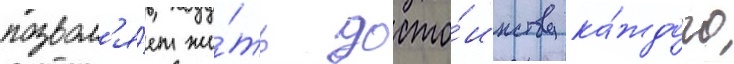
позвол'я́ет жи́ть досто́инству ка́ждого